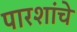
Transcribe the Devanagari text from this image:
पारशांचे